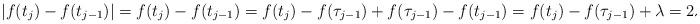
LaTeX: \begin{align*}|f(t_{j})-f(t_{j-1})|=f(t_{j})-f(t_{j-1})=f(t_{j})-f(\tau_{j-1})+f(\tau_{j-1})-f(t_{j-1})=f(t_{j})-f(\tau_{j-1})+\lambda=2\lambda+f(\tau_{j})-f(\tau_{j-1}),\end{align*}